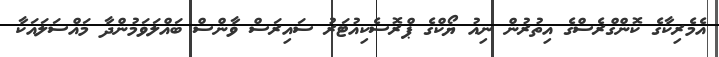
އެމެރިކާގެ ކޮންގްރެސްގެ އިތުރުން ނިއު ޔޯކްގެ ޕްރޮސެކިއުޓަރު ސައިރަސް ވާންސް ބައްލަވަމުންދާ މައްސަލައަކާ